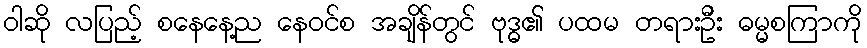
ဝါဆို လပြည့် စနေနေ့ည နေဝင်စ အချိန်တွင် ဗုဒ္ဓ၏ ပထမ တရားဦး ဓမ္မစကြာကို